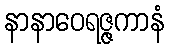
နာနာဝေရဇ္ဇကာနံ